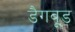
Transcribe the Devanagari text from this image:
डैगवूड